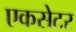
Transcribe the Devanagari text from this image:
एकसेटर